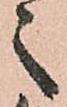
之